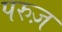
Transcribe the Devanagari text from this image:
परुज़